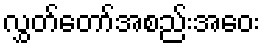
လွှတ်တော်အစည်းအဝေး